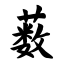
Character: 薮